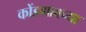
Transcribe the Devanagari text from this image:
कोंडगावच्या